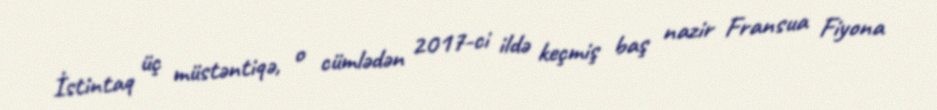
İstintaq üç müstəntiqə, o cümlədən 2017-ci ildə keçmiş baş nazir Fransua Fiyona